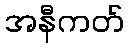
အနီကတ်